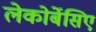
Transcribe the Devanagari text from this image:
लेकोर्बेसिए